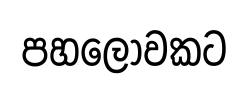
පහලොවකට